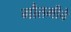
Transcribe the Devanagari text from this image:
गौतमीचे